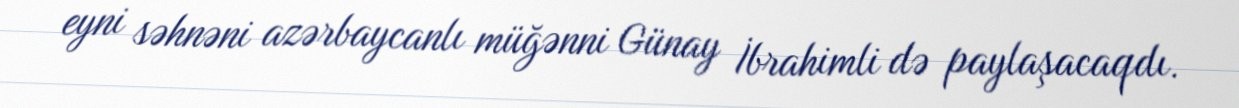
eyni səhnəni azərbaycanlı müğənni Günay İbrahimli də paylaşacaqdı.